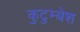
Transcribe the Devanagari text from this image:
कुटुम्बेश